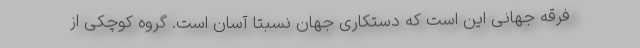
فرقه جهانی این است که دستکاری جهان نسبتاً آسان است. گروه کوچکی از